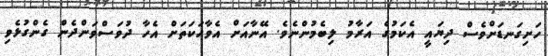
ހަށިގަނޑަށްވެސް ދިޔައީ އެކަމުގެ އަރާމު ލިބެމުންނެވެ. އޭނާއަށް އެވާހަކަތަށް އެހާ ދުވަސްވަންދެން ގެންގުޅެވި